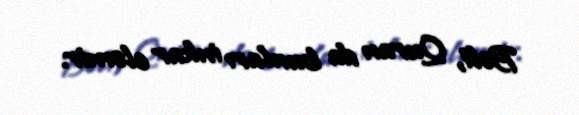
Bəli, Quran da bunları inkar eləmir.